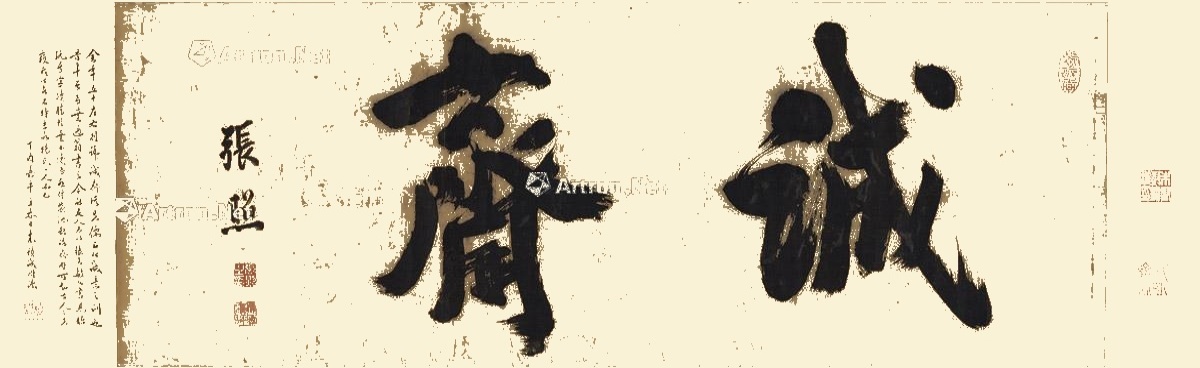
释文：诚斋。张照。